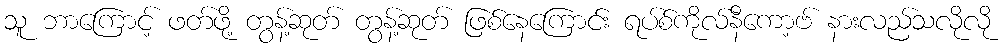
သူ ဘာကြောင့် ဖတ်ဖို့ တွန့်ဆုတ် တွန့်ဆုတ် ဖြစ်နေကြောင်း ရပ်စ်ကိုလ်နီကော့ဗ် နားလည်သလိုလို